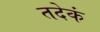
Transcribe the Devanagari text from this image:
तदेकं